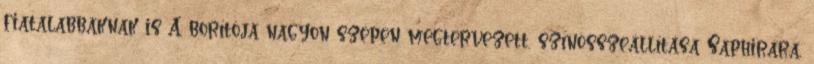
fiatalabbaknak is A borítója nagyon szépen megtervezett, színösszeállítása Saphirára,